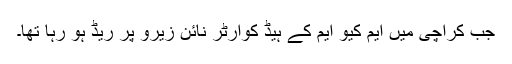
جب کراچی میں ایم کیو ایم کے ہیڈ کوارٹر نائن زیرو پر ریڈ ہو رہا تھا۔